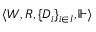
\langle W , R , \{ D _ { i } \} _ { i \in I } , \Vdash \rangle